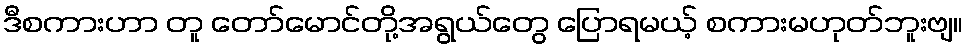
ဒီစကားဟာ တူ တော်မောင်တို့အရွယ်တွေ ပြောရမယ့် စကားမဟုတ်ဘူးဗျ။